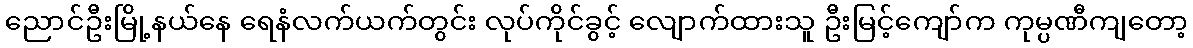
ညောင်ဦးမြို့နယ်နေ ရေနံလက်ယက်တွင်း လုပ်ကိုင်ခွင့် လျောက်ထားသူ ဦးမြင့်ကျော်က ကုမ္ပဏီကျတော့